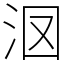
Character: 𣲷